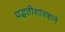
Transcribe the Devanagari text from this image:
पद्धतीशास्त्राने